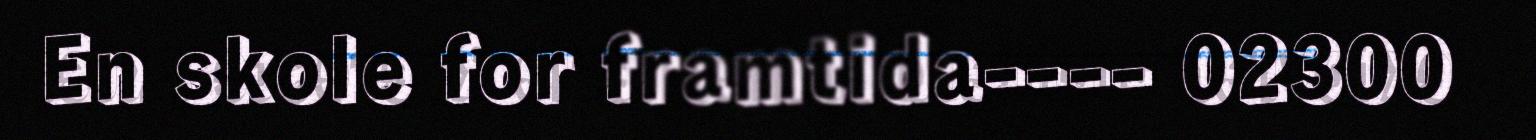
En skole for framtida---- 02300